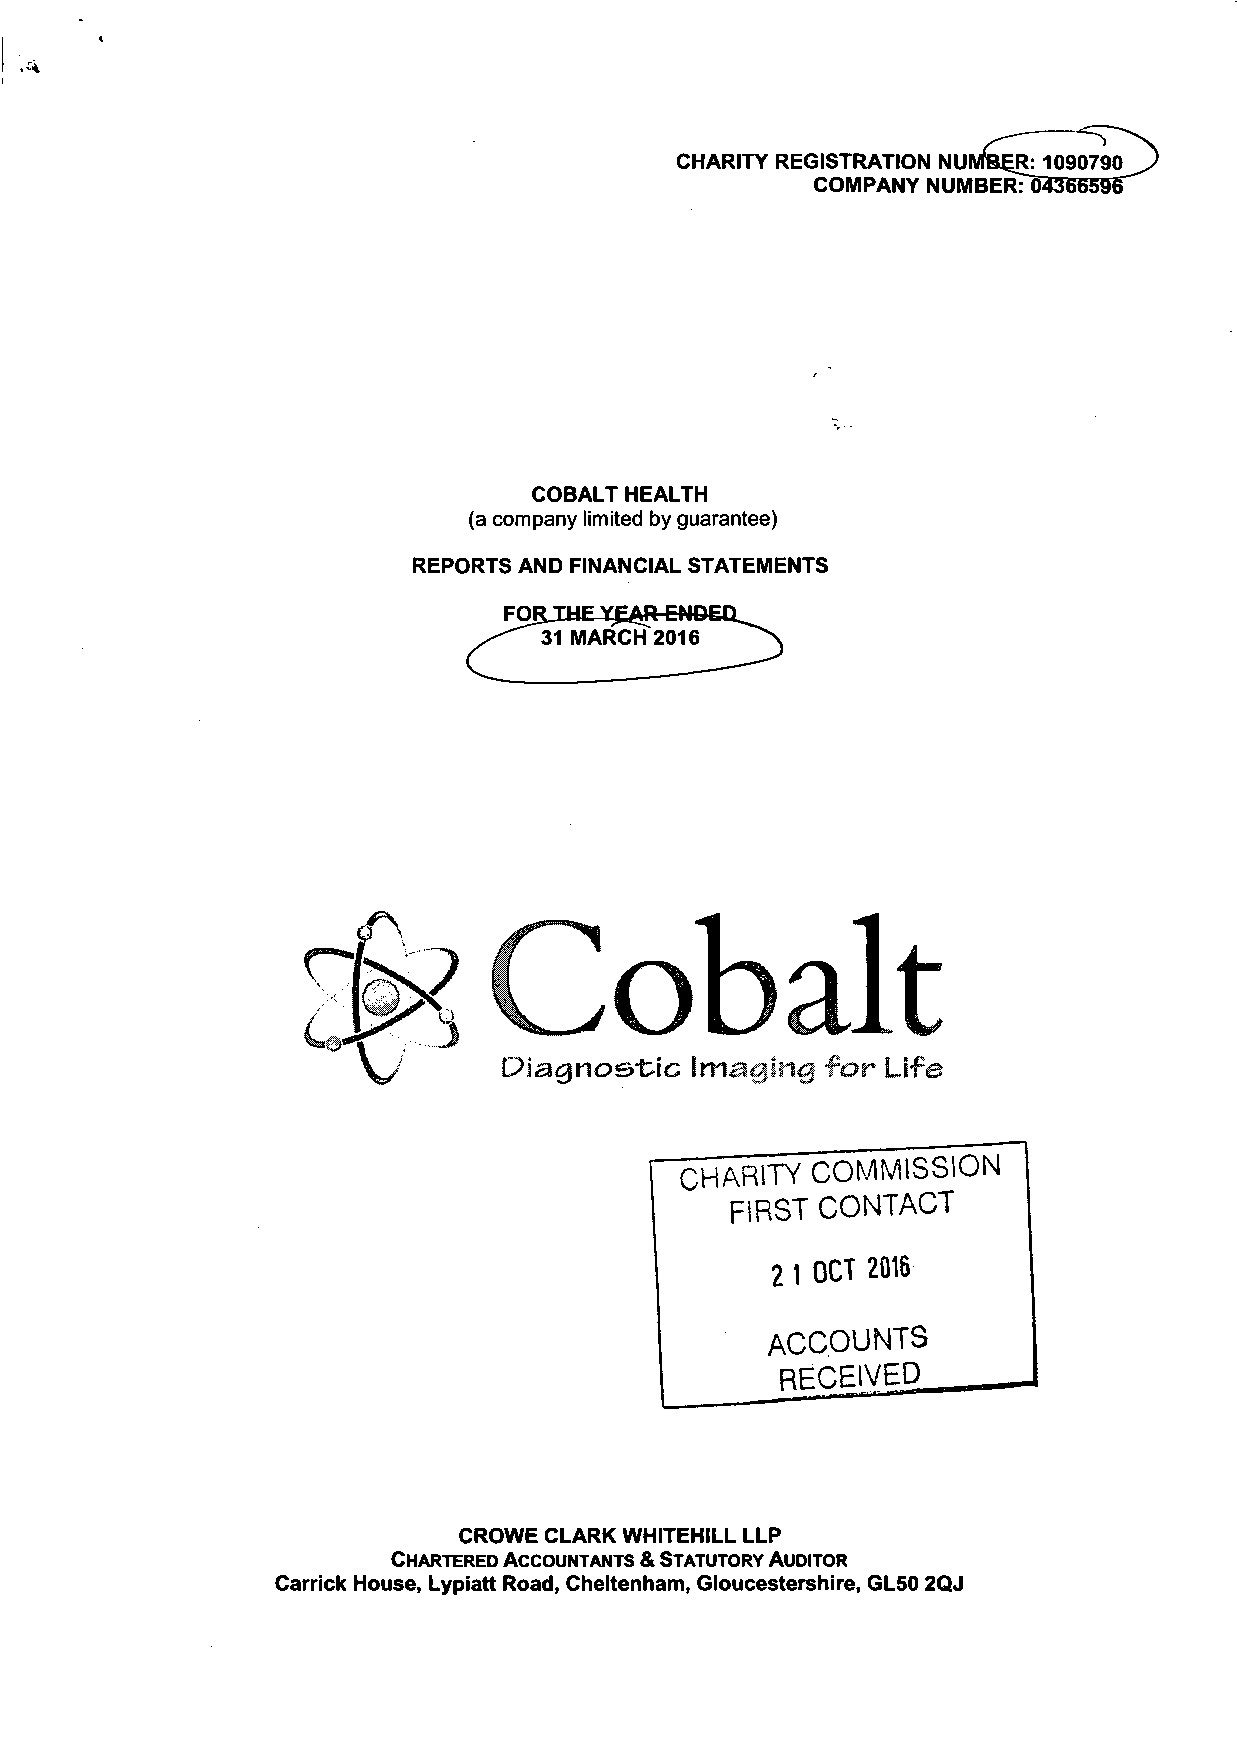
CHARITY REGISTRATION NUMBEJRM090790
 COMPANY NUMBERT54356595
 COBALT HEALTH
 (a company limited by guarantee)
 REPORTS AND FINANCIAL STATEMENTS
 Diagnostic  Imaging  for Life
 " C H A R I TY C O M M I S S I ON
 F I R ST C O N T A CT
 2 1 OCT  2016
 ACCOUNTS
 RECEIVED^.
 CROWE CLARK WHITEHILL LLP
 CHARTERED ACCOUNTANTS & STATUTORY AUDITOR
 Carrick House, Lypiatt Road, Cheltenham, Gloucestershire, GL50 2QJ